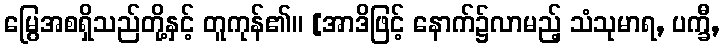
မြွေအစရှိသည်တို့နှင့် တူကုန်၏။ [အာဒိဖြင့် နောက်၌လာမည့် သံသုမာရ, ပက္ခီ,